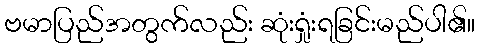
ဗမာပြည်အတွက်လည်း ဆုံးရှုံးရခြင်းမည်ပါ၏။